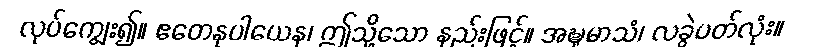
လုပ်ကျွေး၍။ ဧတေနုပါယေန၊ ဤသို့သော နည်းဖြင့်။ အဍ္ဎုမာသံ၊ လခွဲပတ်လုံး။